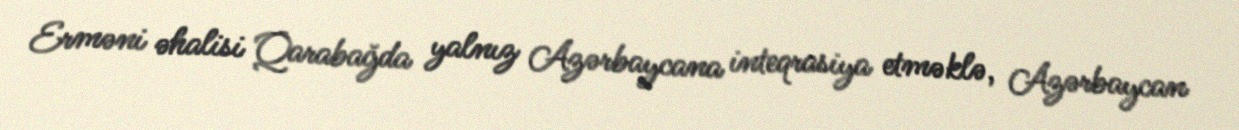
Erməni əhalisi Qarabağda yalnız Azərbaycana inteqrasiya etməklə, Azərbaycan